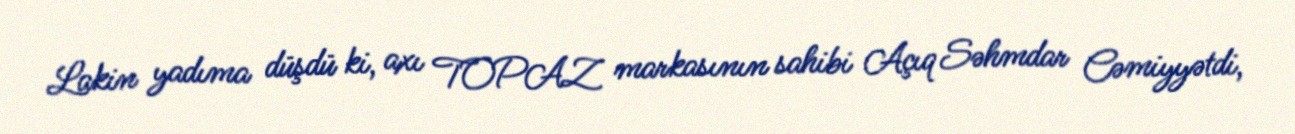
Lakin yadıma düşdü ki, axı TOPAZ markasının sahibi Açıq Səhmdar Cəmiyyətdi,